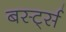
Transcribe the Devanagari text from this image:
बर्स्ट्स